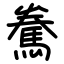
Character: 駦